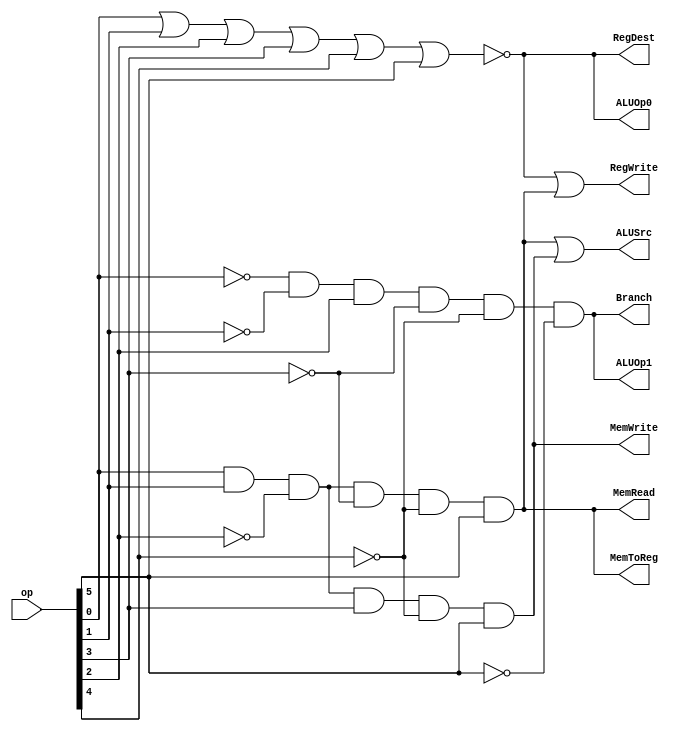
`ifndef MAIN_CU
`define MAIN_CU
    module mainCU ( RegDest, ALUSrc, MemToReg, RegWrite, MemRead, MemWrite, Branch, ALUOp0, ALUOp1, op );

        input [5:0] op;
        output RegDest, ALUSrc, MemToReg, RegWrite, MemRead, MemWrite, Branch, ALUOp0, ALUOp1;

        wire rformat, lw, sw, beq;

        assign rformat = ~(op[0] | op[1] | op[2] | op[3] | op[4] | op[5]);
        assign lw = (op[0] & op[1] & (~op[2]) & (~op[3]) & (~op[4]) & op[5]);
        assign sw = (op[0] & op[1] & (~op[2]) & op[3] & (~op[4]) & op[5]);
        assign beq = ((~op[0]) & (~op[1]) & op[2] & (~op[3]) & (~op[4]) & (~op[5]));

        assign RegDest = rformat;
        assign ALUSrc = lw | sw;
        assign MemToReg = lw;
        assign RegWrite = rformat | lw;
        assign MemRead = lw;
        assign MemWrite = sw;
        assign Branch = beq;
        assign ALUOp0 = rformat;
        assign ALUOp1 = beq;

    endmodule
`endif